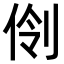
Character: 𫢣